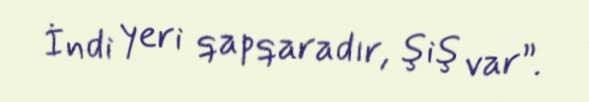
İndi yeri qapqaradır, şiş var”.